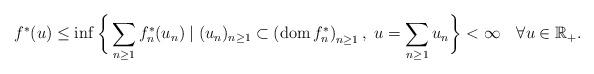
LaTeX: \begin{align*}f^{\ast}(u)\leq\inf\bigg\{\sum_{n\geq1}f_{n}^{\ast}(u_{n})\mid(u_{n})_{n\geq1}\subset\left( \operatorname*{dom}f_{n}^{\ast}\right) _{n\geq1},\ u=\sum_{n\geq1}u_{n}\bigg\}<\infty\quad\forall u\in\mathbb{R}_{+}.\end{align*}